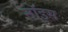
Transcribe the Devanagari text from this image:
नॉइस